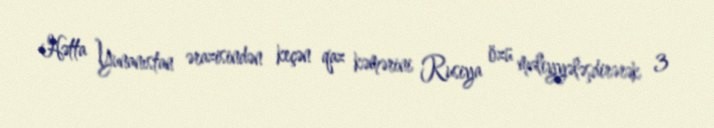
Hətta Yunanıstan ərazisindən keçən qaz kəmərini Rusiya özü maliyyələşdirərək 3